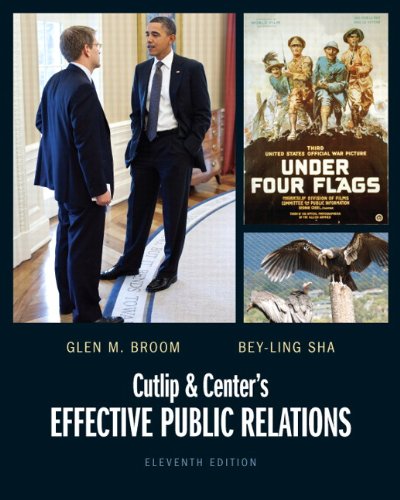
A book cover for Cutlip and Center's Effective Public Relations (11th Edition); Glen M. Broom; Business & Money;